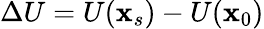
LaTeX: \Delta U=U(\mathbf{x}_{s})-U(\mathbf{x}_{0})